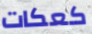
كعكات